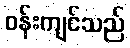
ဝန်းကျင်သည်